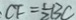
C F = \frac { 1 } { 2 } B C